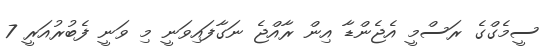
ސީމެގްގެ ރަސްމީ އެޖެންޑާ އިން ރާއްޖެ ނަގާފައިވަނީ މި ވަނީ ފެބުރުއަރީ 7